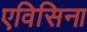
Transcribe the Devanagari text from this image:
एविसिना